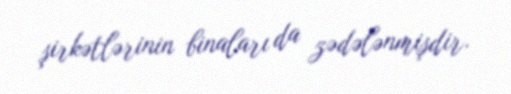
şirkətlərinin binaları da zədələnmişdir.